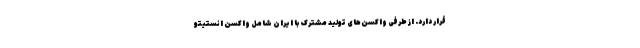
قرار دارد. از طرفی واکسن‌های تولید مشترک با ایران شامل واکسن انستیتو